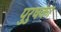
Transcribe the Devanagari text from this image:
पुरुषका